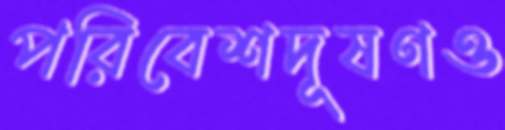
পরিবেশদূষণও